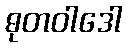
ဓုတဝါဒေါ